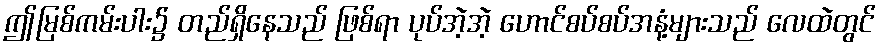
ဤမြစ်ကမ်းပါး၌ တည်ရှိနေသည် ဖြစ်ရာ ပုပ်အဲ့အဲ့ ဟောင်စပ်စပ်အနံ့များသည် လေထဲတွင်